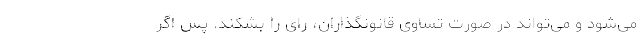
می‌شود و می‌تواند در صورت تساوی قانونگذاران، رای را بشکند. پس اگر